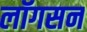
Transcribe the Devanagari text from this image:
लॉगसन